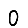
Digit: 0